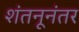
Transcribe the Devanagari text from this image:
शंतनूनंतर